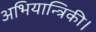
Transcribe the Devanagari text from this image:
अभियान्त्रिकी।